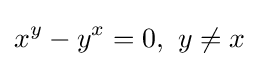
x^{y}-y^{x}=0,\,\,y\neq x